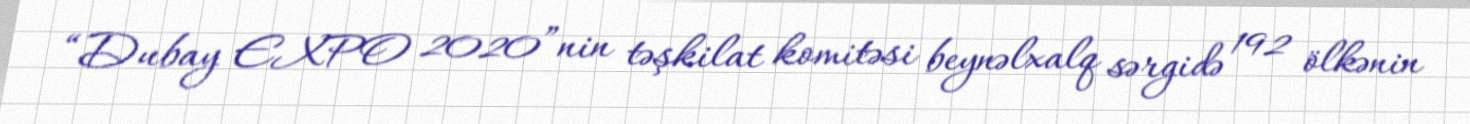
“Dubay EXPO 2020”nin təşkilat komitəsi beynəlxalq sərgidə 192 ölkənin